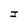
Character: I